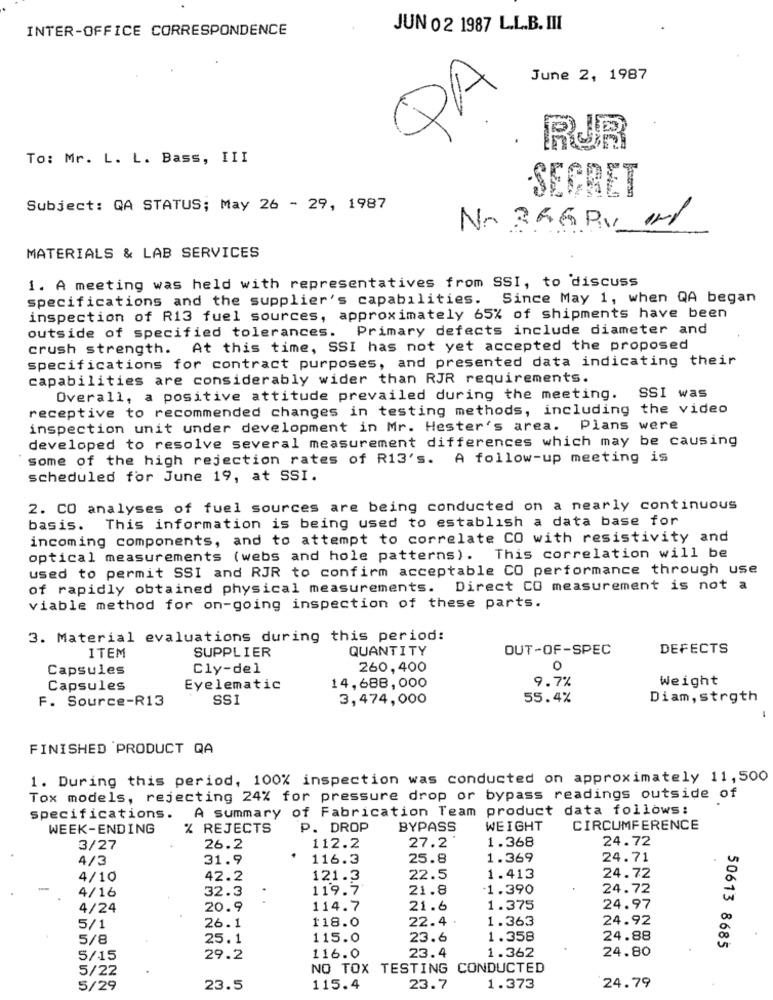
INTER-OFFICE CORRESPONDENCE
JUN 02 1987 L.L.B. III
June 2, 1987
RJR
To: Mr. L. L. Bass, III
SECRET
Subject: QA STATUS; May 26 - 29, 1987
No 366RV 0/
MATERIALS & LAB SERVICES
1. A meeting was held with representatives from SSI, to discuss
specifications and the supplier's capabilities. Since May 1, when QA began
inspection of R13 fuel sources, approximately 65% of shipments have been
outside of specified tolerances. Primary defects include diameter and
crush strength. At this time, SSI has not yet accepted the proposed
specifications for contract purposes, and presented data indicating their
capabilities are considerably wider than RJR requirements.
Overall, a positive attitude prevailed during the meeting.
SSI was
receptive to recommended changes in testing methods, including the video
inspection unit under development in Mr. Hester's area. Plans were
developed to resolve several measurement differences which may be causing
some of the high rejection rates of R13's. A follow-up meeting is
scheduled for June 19, at SSI.
2. CO analyses of fuel sources are being conducted on a nearly continuous
basis. This information is being used to establish a data base for
incoming components, and to attempt to correlate CO with resistivity and
optical measurements (webs and hole patterns).
This correlation will be
used to permit SSI and RJR to confirm acceptable CO performance through use
of rapidly obtained physical measurements. Direct CO measurement is not a
viable method for on-going inspection of these parts.
3. Material evaluations during this period:
ITEM
QUANTITY
OUT-OF-SPEC
DEFECTS
SUPPLIER
Capsules
Cly-del
260,400
0
9.7%
Capsules
Eyelematic
14,688,000
Weight
F. Source-R13
SSI
3,474,000
55.4%
Diam, strgth
FINISHED PRODUCT QA
1. During this period, 100% inspection was conducted on approximately 11,500
Tox models, rejecting 24% for pressure drop or bypass readings outside of
A summary of Fabrication Team product data follows:
specifications.
WEEK-ENDING
% REJECTS
P. DROP
BYPASS
WEIGHT
CIRCUMFERENCE
1.368
24.72
3/27
26.2
112.2
27.2
4/3
31.9
116.3
25.8
1.369
24.71
4/10
42.2
121.3
22.5
1.413
24.72
4/16
32.3
119.7
21.8
1.390
24.72
4/24
20.9
114.7
21.6
1.375
24.97
118.0
22.4
1.363
24.92
5/1
26.1
5/8
25.1
115.0
23.6
1.358
24.88
50613 8685
1.362
24.80
5/15
29.2
116.0
23.4
5/22
NO TOX TESTING CONDUCTED
5/29
23.5
115.4
23.7
1.373
24.79